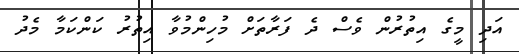
އަދި މީގެ އިތުރުން ވެސް ދެ ފަރާތަށް މުހިންމުވާ އިތުރު ކަންކަމާ މެދު